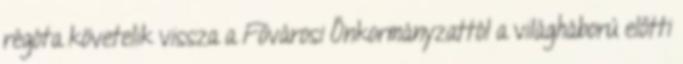
rég­óta követelik vissza a Fővárosi Önkormányzattól a világháború előtti